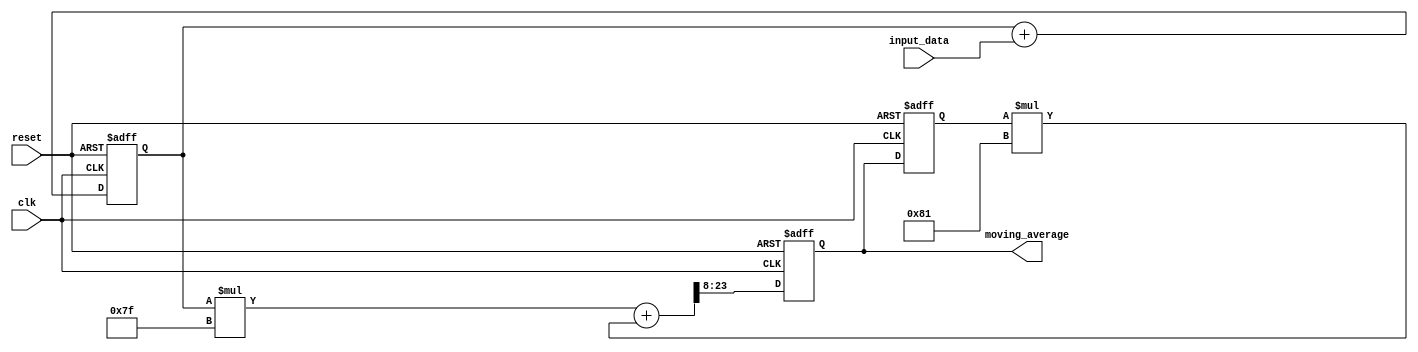
module exp_moving_avg_accumulator(
    input wire clk,
    input wire reset,
    input wire [7:0] input_data,
    output reg [15:0] moving_average
);

reg [15:0] sum;
reg [15:0] prev_avg;
reg [15:0] smoothing_factor = 8'h7F; // Specify smoothing factor as 0.5 (1/2)

always @(posedge clk or posedge reset) begin
    if (reset) begin
        sum <= 16'h0000;
        prev_avg <= 16'h0000;
        moving_average <= 16'h0000;
    end else begin
        sum <= sum + input_data;
        prev_avg <= moving_average;
        moving_average <= ((sum * smoothing_factor) + (prev_avg * (256 - smoothing_factor))) >> 8;
    end
end

endmodule